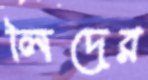
লিদের